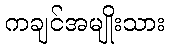
ကချင်အမျိုးသား